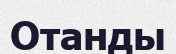
Отанды